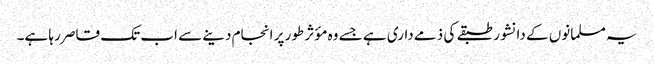
یہ مسلمانوں کے دانشور طبقے کی ذمے داری ہے جسے وہ مؤثر طور پر انجام دینے سے اب تک قاصر رہا ہے۔